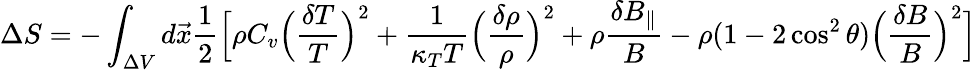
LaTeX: \Delta S=-\int_{\Delta V}d\vec{x}\frac{1}{2}\Big[\rho C_{v}\Big(\frac{\delta T}{T}\Big)^{2}+\frac{1}{\kappa_{T}T}\Big(\frac{\delta\rho}{\rho}\Big)^{2}+\rho\frac{\delta B_{\| }}{B}-\rho(1-2\cos^{2}\theta)\Big(\frac{\delta B}{B}\Big)^{2}\Big]